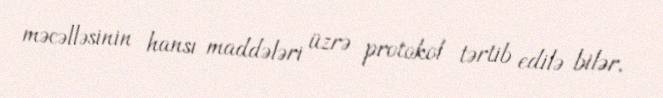
məcəlləsinin hansı maddələri üzrə protokol tərtib edilə bilər.